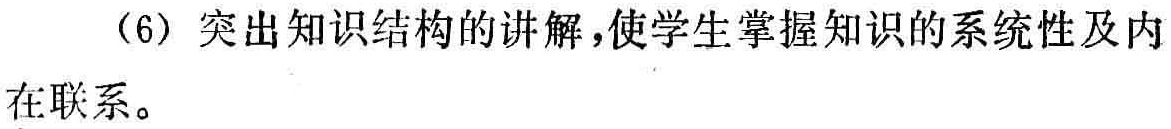
（6）突出知识结构的讲解，使学生掌握知识的系统性及内在联系。